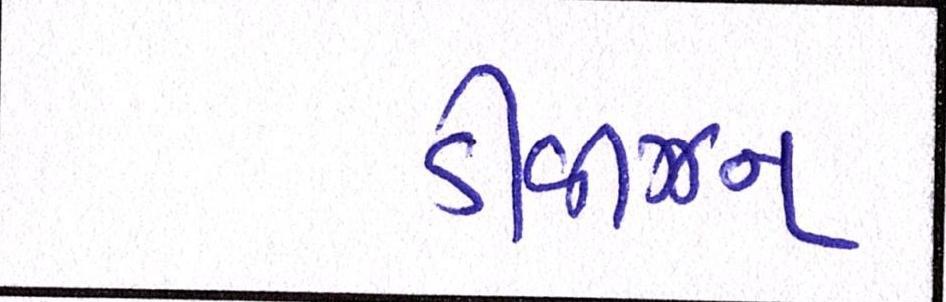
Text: ડીવીઝન